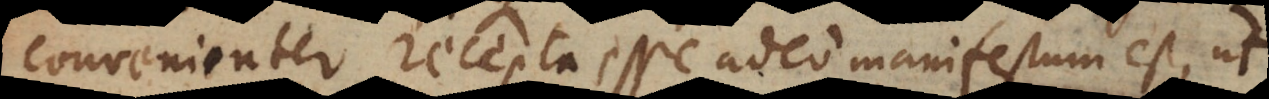
convenienter recepta esse adeo manifestum est, ut